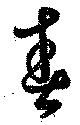
春